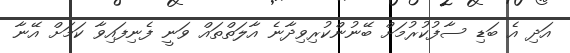
އަދި އެ ބަޑި ސާފުކުުރުމަށް ބޭނުންކުރިވިދާނެ އާލަތްތައް ވަނީ ފެނިފައިވާ ކަމަށް އޭނާ